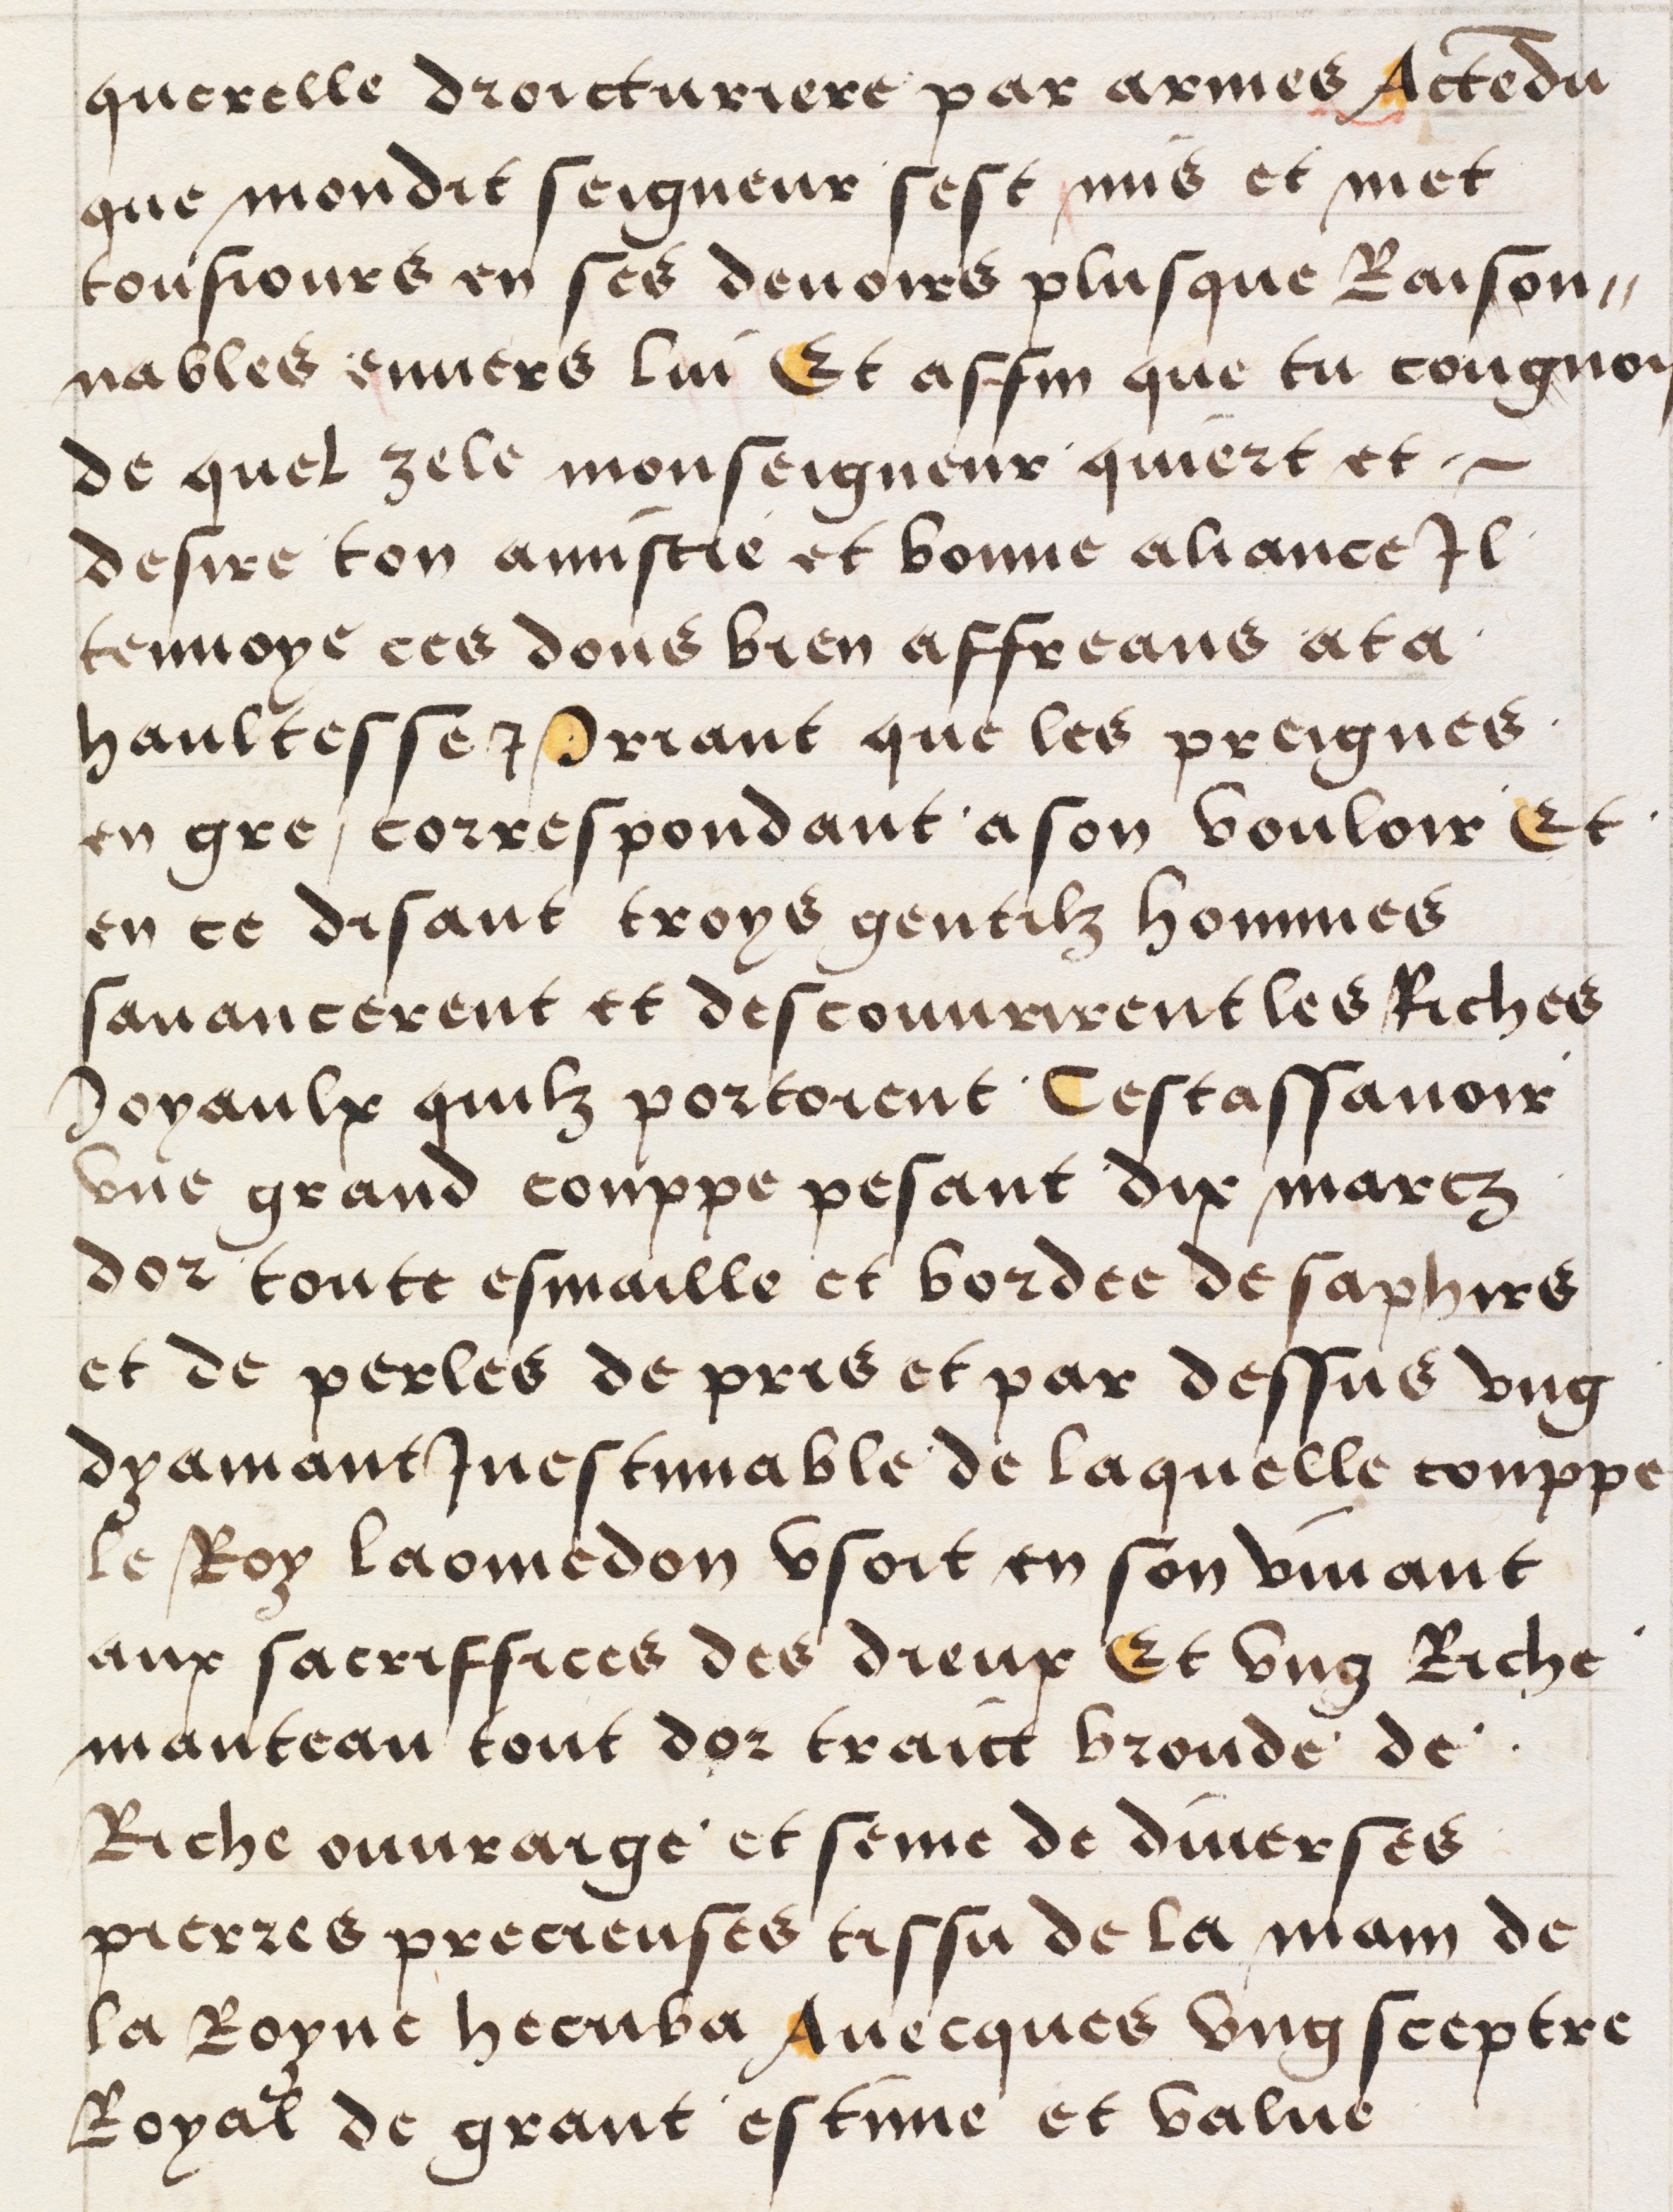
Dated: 1512–1524